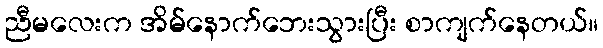
ညီမလေးက အိမ်နောက်ဘေးသွားပြီး စာကျက်နေတယ်။